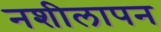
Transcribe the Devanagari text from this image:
नशीलापन